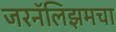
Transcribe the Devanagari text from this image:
जरनॅलिझमचा